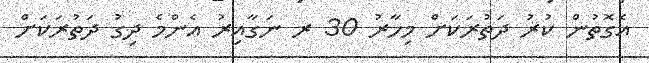
އެގޮތުން ކުރު ދަތުރަކަށް މިހާރު 30 ރ ނަގާއިރު އެންމެ ދިގު ދަތުރަކަށް